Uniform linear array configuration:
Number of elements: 24
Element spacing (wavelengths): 0.75
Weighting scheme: kaiser
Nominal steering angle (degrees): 30
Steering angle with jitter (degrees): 31.658
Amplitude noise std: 0.05
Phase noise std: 0.05

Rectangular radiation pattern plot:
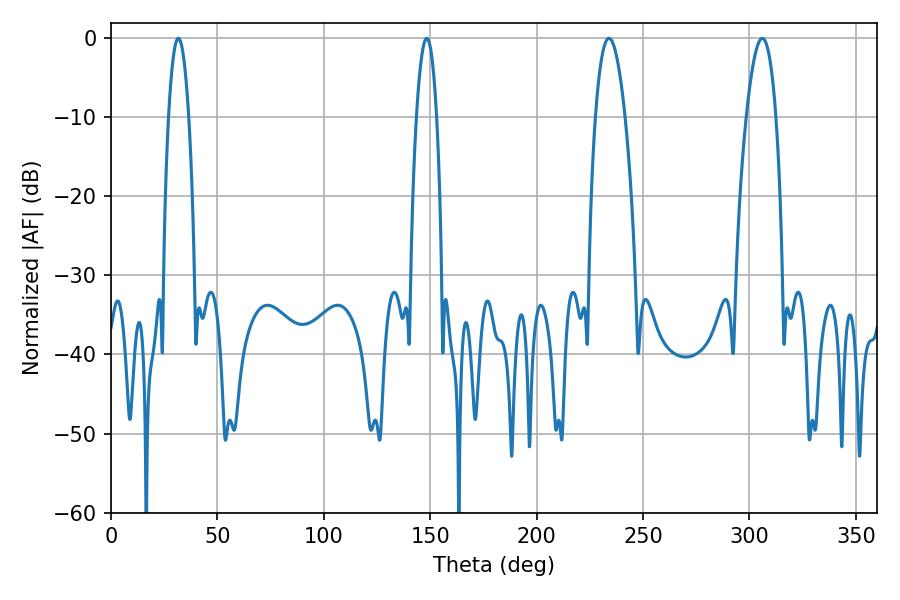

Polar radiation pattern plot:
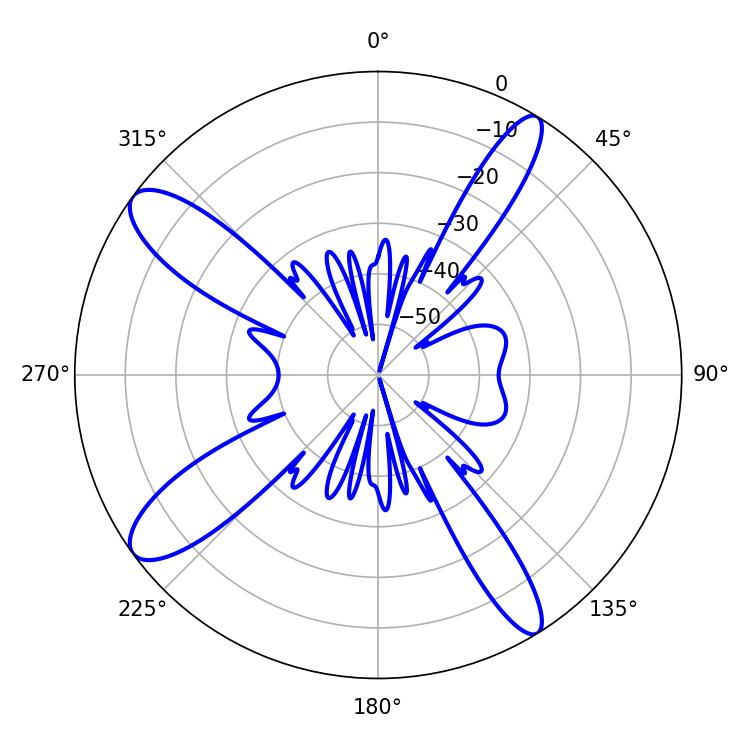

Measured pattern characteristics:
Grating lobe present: TRUE
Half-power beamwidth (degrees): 7.56
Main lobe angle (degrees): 306